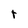
Character: t